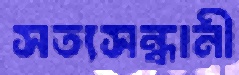
সত্যসন্ধানী